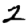
Digit: 2